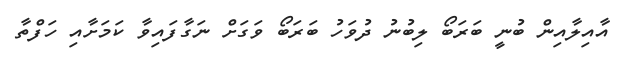
އާއިލާއިން ބުނީ ބަރަބޯ ލިބުނު ދުވަހު ބަރަބޯ ވަގަށް ނަގާފައިވާ ކަމަށާއި ހަފްތާ